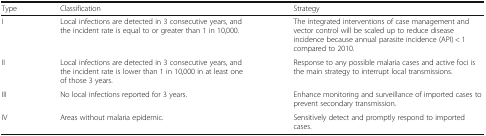
<table><thead><tr><td><b>Type</b></td><td><b>Classification</b></td><td><b>Strategy</b></td></tr></thead><tbody><tr><td>I</td><td>Local infections are detected in 3 consecutive years, and the incident rate is equal to or greater than 1 in 10,000.</td><td>The integrated interventions of case management and vector control will be scaled up to reduce disease incidence because annual parasite incidence (API) &lt; 1 compared to 2010.</td></tr><tr><td>II</td><td>Local infections are detected in 3 consecutive years, and the incident rate is lower than 1 in 10,000 in at least one of those 3 years.</td><td>Response to any possible malaria cases and active foci is the main strategy to interrupt local transmissions.</td></tr><tr><td>III</td><td>No local infections reported for 3 years.</td><td>Enhance monitoring and surveillance of imported cases to prevent secondary transmission.</td></tr><tr><td>IV</td><td>Areas without malaria epidemic.</td><td>Sensitively detect and promptly respond to imported cases.</td></tr></tbody></table>